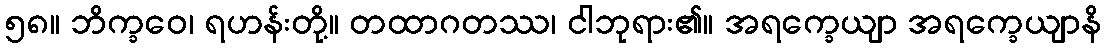
၅၈။ ဘိက္ခဝေ၊ ရဟန်းတို့။ တထာဂတဿ၊ ငါဘုရား၏။ အရက္ခေယျာ အရက္ခေယျာနိ